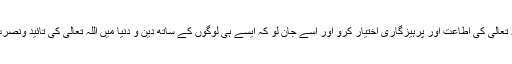
ارشاد ہے اللہ تعالیٰ کی اطاعت اور پرہیزگاری اختیار کرو اور اسے جان لو کہ ایسے ہی لوگوں کے ساتھ دین و دنیا میں اللہ تعالیٰ کی تائید ونصرت رہتی ہے ۔